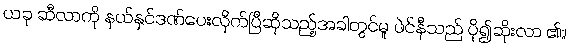
ယခု ဆီလာကို နယ်နှင်ဒဏ်ပေးလိုက်ပြီဆိုသည့်အခါတွင်မူ ဖဲင်နီသည် ပို၍ဆိုးလာ ၏။